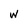
Character: W